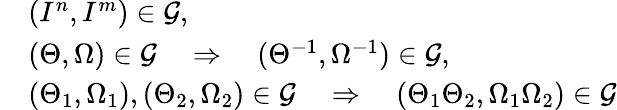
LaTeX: \begin{array}{rl}&{(I^{n},I^{m})\in\mathcal{G},}\\ &{(\Theta,\Omega)\in\mathcal{G}\quad\Rightarrow\quad(\Theta^{-1},\Omega^{-1})\in\mathcal{G},}\\ &{(\Theta_{1},\Omega_{1}),(\Theta_{2},\Omega_{2})\in\mathcal{G}\quad\Rightarrow\quad(\Theta_{1}\Theta_{2},\Omega_{1}\Omega_{2})\in\mathcal{G}}\end{array}